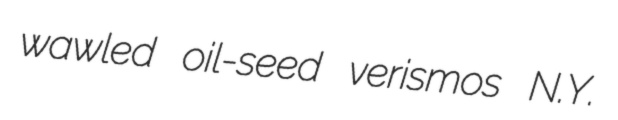
wawled oil-seed verismos N.Y.